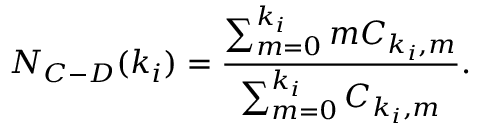
N _ { C - D } ( k _ { i } ) = \frac { \sum _ { m = 0 } ^ { k _ { i } } m C _ { k _ { i } , m } } { \sum _ { m = 0 } ^ { k _ { i } } C _ { k _ { i } , m } } .